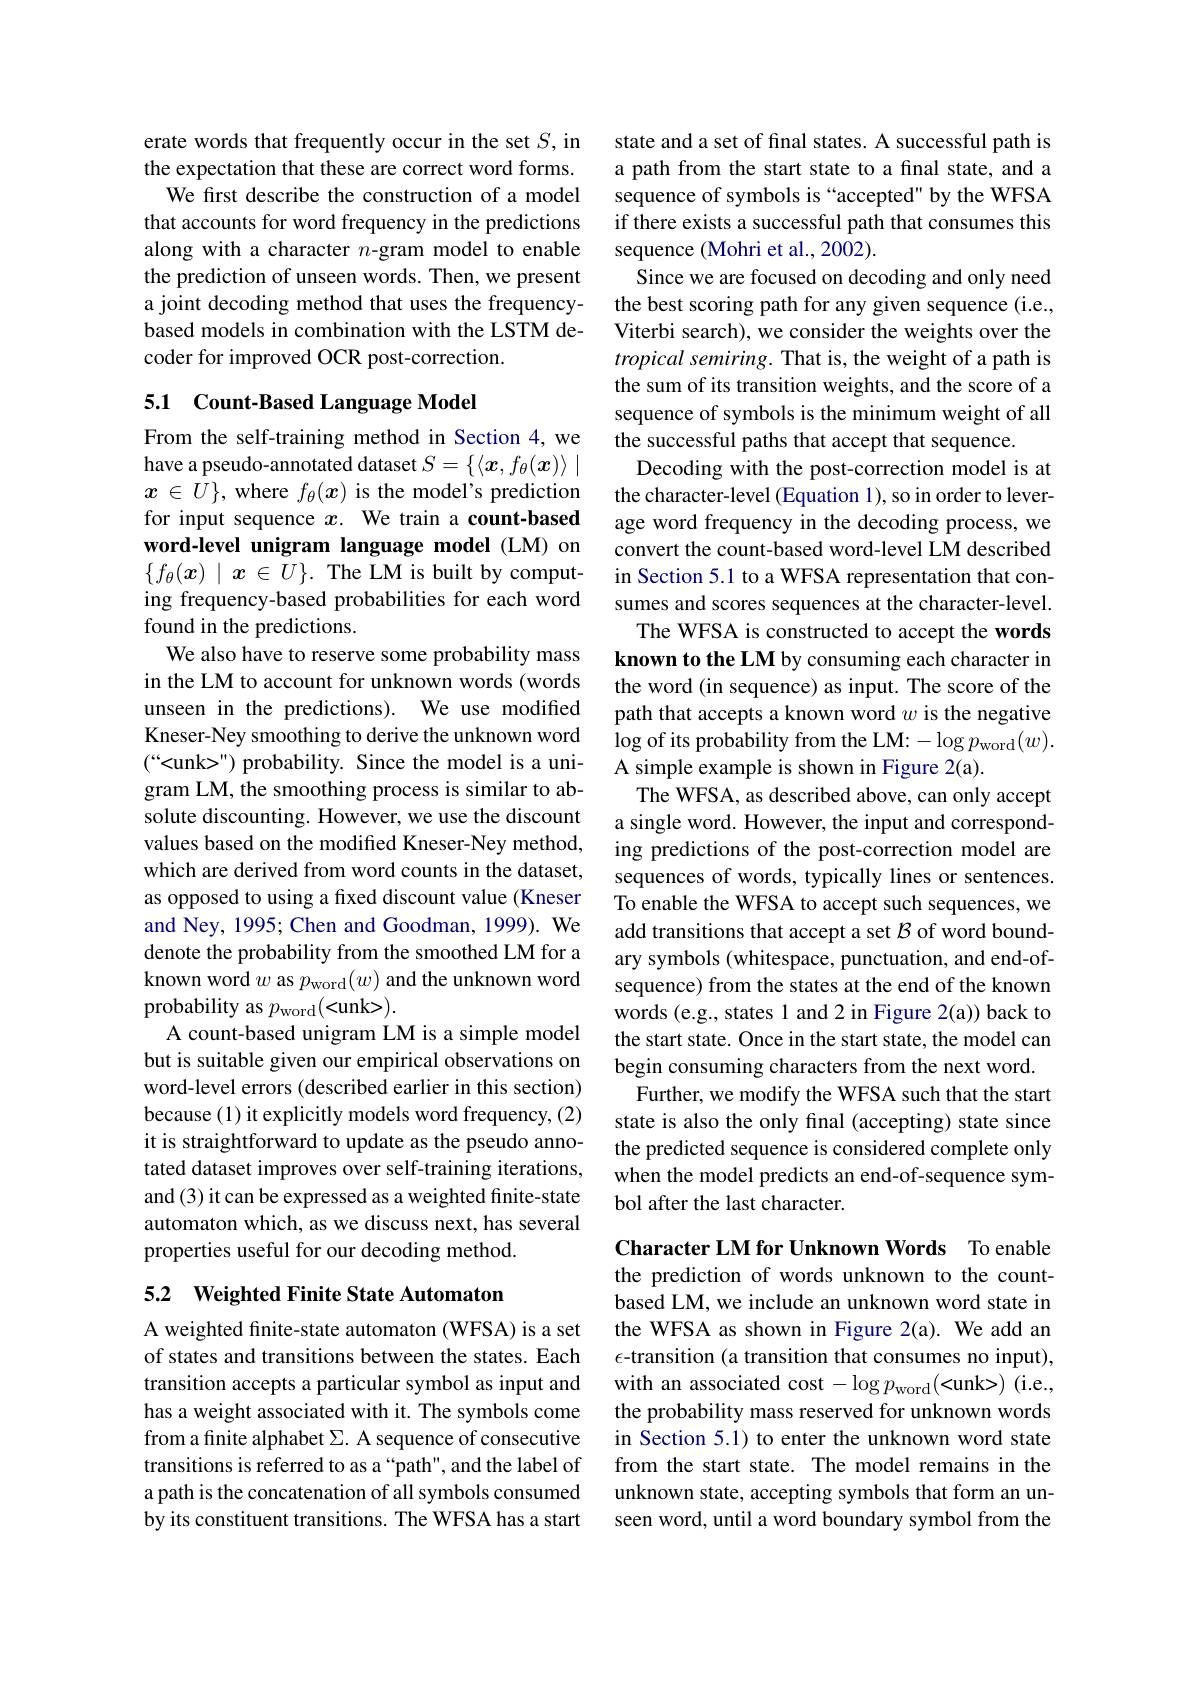
erate words that frequently occur in the set $S$, in the expectation that these are correct word forms.
We first describe the construction of a model that accounts for word frequency in the predictions along with a character $n$-gram model to enable the prediction of unseen words. Then, we present a joint decoding method that uses the frequencybased models in combination with the LSTM decoder for improved OCR post-correction.

## 5.1 Count-Based Language Model

From the self-training method in Section 4,we have a pseudo-annotated dataset $S=\{\langle x,f_\theta(x)\rangle\mid$ $x\in U\}$, where $f_\theta(\boldsymbol{x})$ is the model's prediction for input sequence $x.$ We train a count-based word-level unigram language model (LM) on $\{f_\theta(x)\mid x\in U\}.$ The LM is built by computing frequency-based probabilities for each word found in the predictions.
We also have to reserve some probability mass in the LM to account for unknown words (words unseen in the predictions). We use modified Kneser-Ney smoothing to derive the unknown word $(“<$unk>") probability. Since the model is a unigram LM, the smoothing process is similar to absolute discounting. However, we use the discount values based on the modified Kneser-Ney method, which are derived from word counts in the dataset, as opposed to using a fixed discount value (Kneser and Ney, 1995; Chen and Goodman, 1999). We denote the probability from the smoothed LM for a known word $w$ as $p_\mathrm{word}(w)$ and the unknown word probability as $p_\mathrm{word}(<$unk>).
A count-based unigram LM is a simple model but is suitable given our empirical observations on word-level errors (described earlier in this section) because (1) it explicitly models word frequency, (2) it is straightforward to update as the pseudo annotated dataset improves over self-training iterations, and (3) it can be expressed as a weighted finite-state automaton which, as we discuss next, has several properties useful for our decoding method. 5.2 Weighted Finite State Automaton

A weighted fnite-state automaton (WFSA) is a set of states and transitions between the states. Each transition accepts a particular symbol as input and has a weight associated with it. The symbols come from a finite alphabet $\Sigma$. A sequence of consecutive transitions is referred to as a “path", and the label of a path is the concatenation of all symbols consumed by its constituent transitions. The WFSA has a start

state and a set of final states. A successful path is a path from the start state to a final state, and a sequence of symbols is “accepted" by the WFSA if there exists a successful path that consumes this sequence (Mohri et al., 2002)
Since we are focused on decoding and only need the best scoring path for any given sequence (i.e., Viterbi search), we consider the weights over the tropical semiring. That is, the weight of a path is the sum of its transition weights, and the score of a sequence of symbols is the minimum weight of all the successful paths that accept that sequence.
Decoding with the post-correction model is at the character-level (Equation 1),so in order to leverage word frequency in the decoding process, we convert the count-based word-level LM described in Section 5.1 to a WFSA representation that consumes and scores sequences at the character-level.
The WFSA is constructed to accept the words known to the LM by consuming each character in the word (in sequence) as input. The score of the path that accepts a known word $w$ is the negative $\log$ of its probability from the LM:$-\log p_\mathrm{word}(w).$ A simple example is shown in Figure 2(a).
The WFSA, as described above, can only accept a single word. However, the input and corresponding predictions of the post-correction model are sequences of words, typically lines or sentences. To enable the WFSA to accept such sequences, we add transitions that accept a set $\mathcal{B}$ of word boundary symbols (whitespace, punctuation, and end-ofsequence) from the states at the end of the known words (e.g., states 1 and 2 in Figure 2(a)) back to the start state. Once in the start state, the model can begin consuming characters from the next word.
Further, we modify the WFSA such that the start state is also the only final (accepting) state since the predicted sequence is considered complete only when the model predicts an end-of-sequence symbol after the last character.
Character LM for Unknown Words To enable

the prediction of words unknown to the countbased LM, we include an unknown word state in the WFSA as shown in Figure 2(a). We add an $\epsilon$-transition (a transition that consumes no input), with an associated cost $-\log p_{\mathrm{word}}($<unk>) (i.e., the probability mass reserved for unknown words in Section 5.1) to enter the unknown word state from the start state. The model remains in the unknown state, accepting symbols that form an unseen word, until a word boundary symbol from the